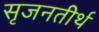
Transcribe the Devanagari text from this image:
सृजनतीर्थ